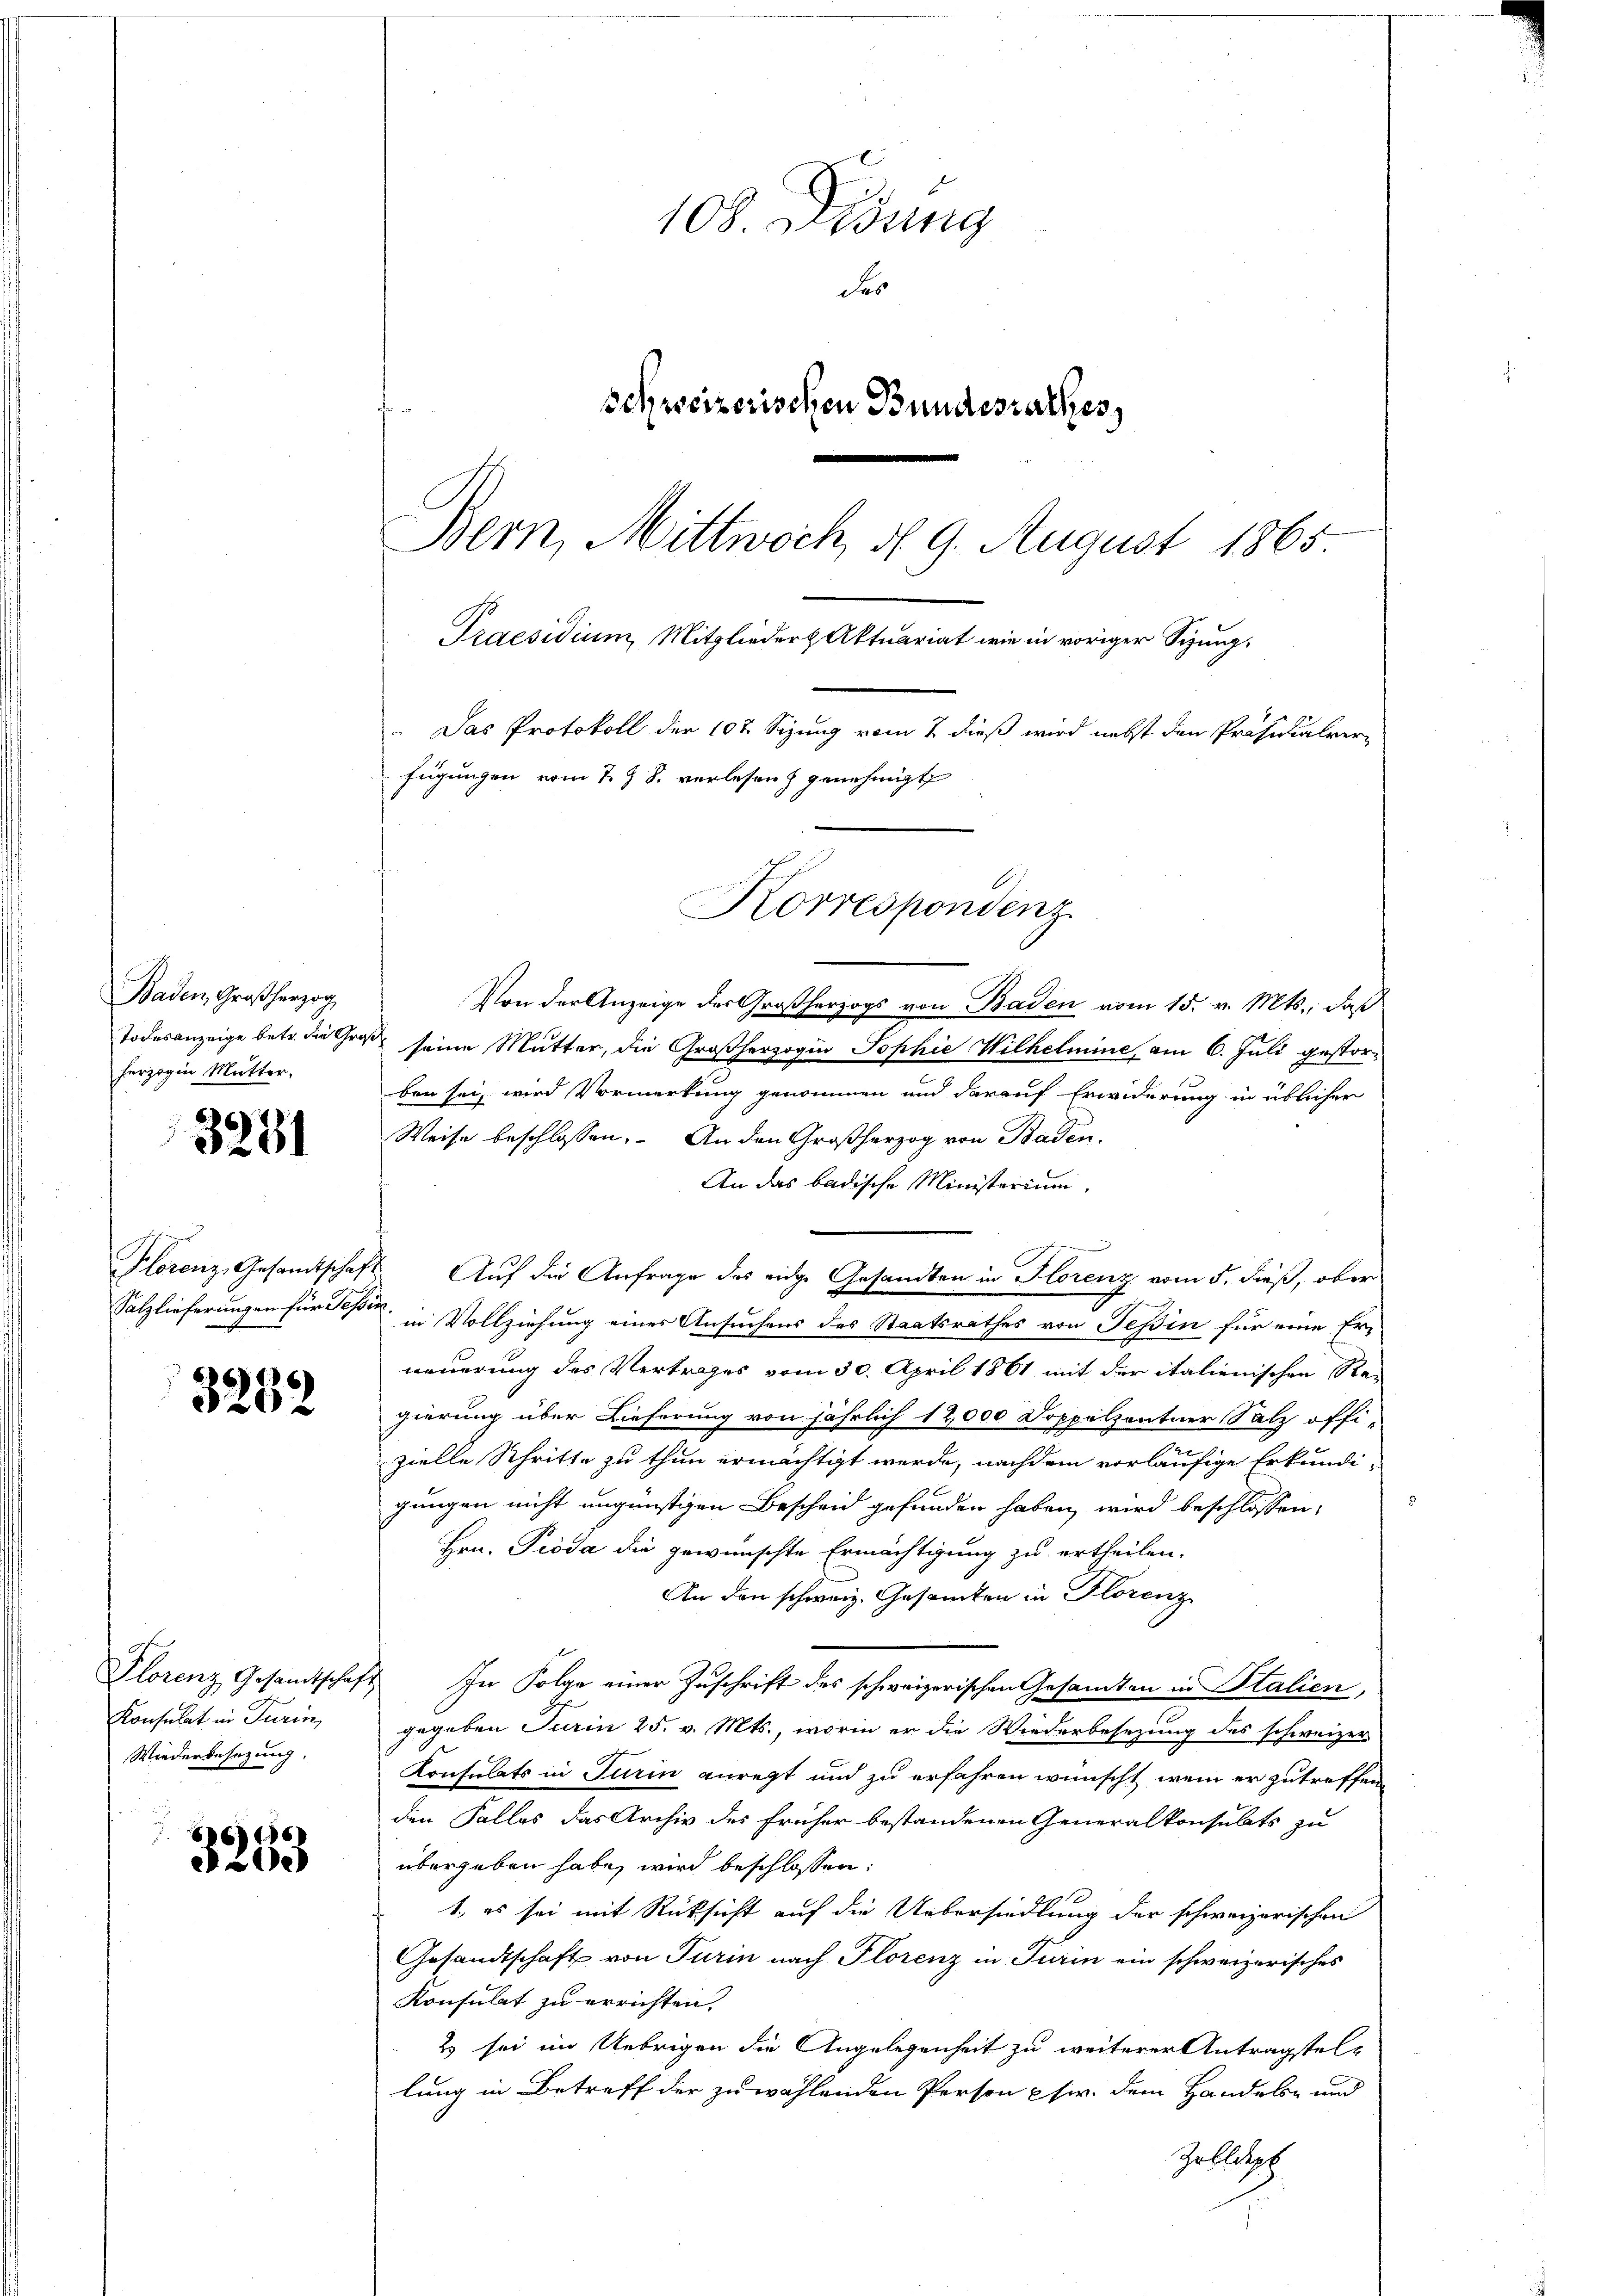
Baden, Großherzog
herzogin Mutter,

3281

3282

Konsulat in Turin,
Wiederbesezung.

3253

Von der Anzeige des Großherzogs von Baden vom 15. v. Mts., daß
Todesanzeige betr. die Groß seine Mutter, die Großherzogin Sophie Wilhelmine am 6. Juli gestorben sei, wird Vormerkung genommen und darauf Erwiderung in üblicher
Weise beschlossen. – An den Großherzog von Baden.
An das badische Ministerium,
.
Plorenz, Gesamtschaft. Auf die Anfrage des eidge Gesandten in Florenz vom 5. dieß, ober
Salzlieferungen für sie in Vollziehung eines Ansuchens des Staatsrathes von Teßin für eine Erneuerung des Vertrages vom 30. April 1861 mit der italienischen Re-
gierung über Lieferung von jährlich 12,000 Doppelzentner Salz offizielle Schritte zu thun ermächtigt werde, nachdem vorläufige Erkundi-
gungen nicht ungünstigen Bescheid gefunden haben wird beschlossen:
Hrn. Pioda die gewünschte Ermächtigung zu ertheilen.
An den schweiz. Gesamten in Florenz
Plorenz Gesandtschaft In Folge einer Zuschrift des schweizerischen Gesandten in Italien,
gegeben Jurin 25. v. Mts., worin er die Wiederbesezung des schweizer-
Konsulats in Turin anregt und zu erfahren wünscht, wenn er zutreffen
den Falles das Archiv des früher bestandenen Generalkonsulats zu
übergeben habe, wird beschlossen:
1., es sei mit Rücksicht auf die Uebersiedlung der schweizerischen
Gesandtschaft von Turin nach Florenz in Turin ein schweizerisches
Konsulat zu errichten.
2 sei im Uebrigen die Angelegenheit zu weiterer Antragstellung in Betreff der zu wählenden Person phw. dem Handels- und
Gebleph

Das Protokoll der 102 Sizung vom 2 dieß wird nebst den Präsidialverfügungen vom 7. J. J. vorlesen) genehmigt

108. Didung
Fes
schweizerischen Bundesrathes,
Bern, Mittwoch, d. 9. August 1865.
Praesidium, Mitglieder Aktuariat wie in voriger Sizung.

Korrespondenz